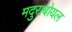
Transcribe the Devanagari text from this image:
मदुराबोयल